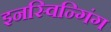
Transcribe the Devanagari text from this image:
इनस्विन्गिंग